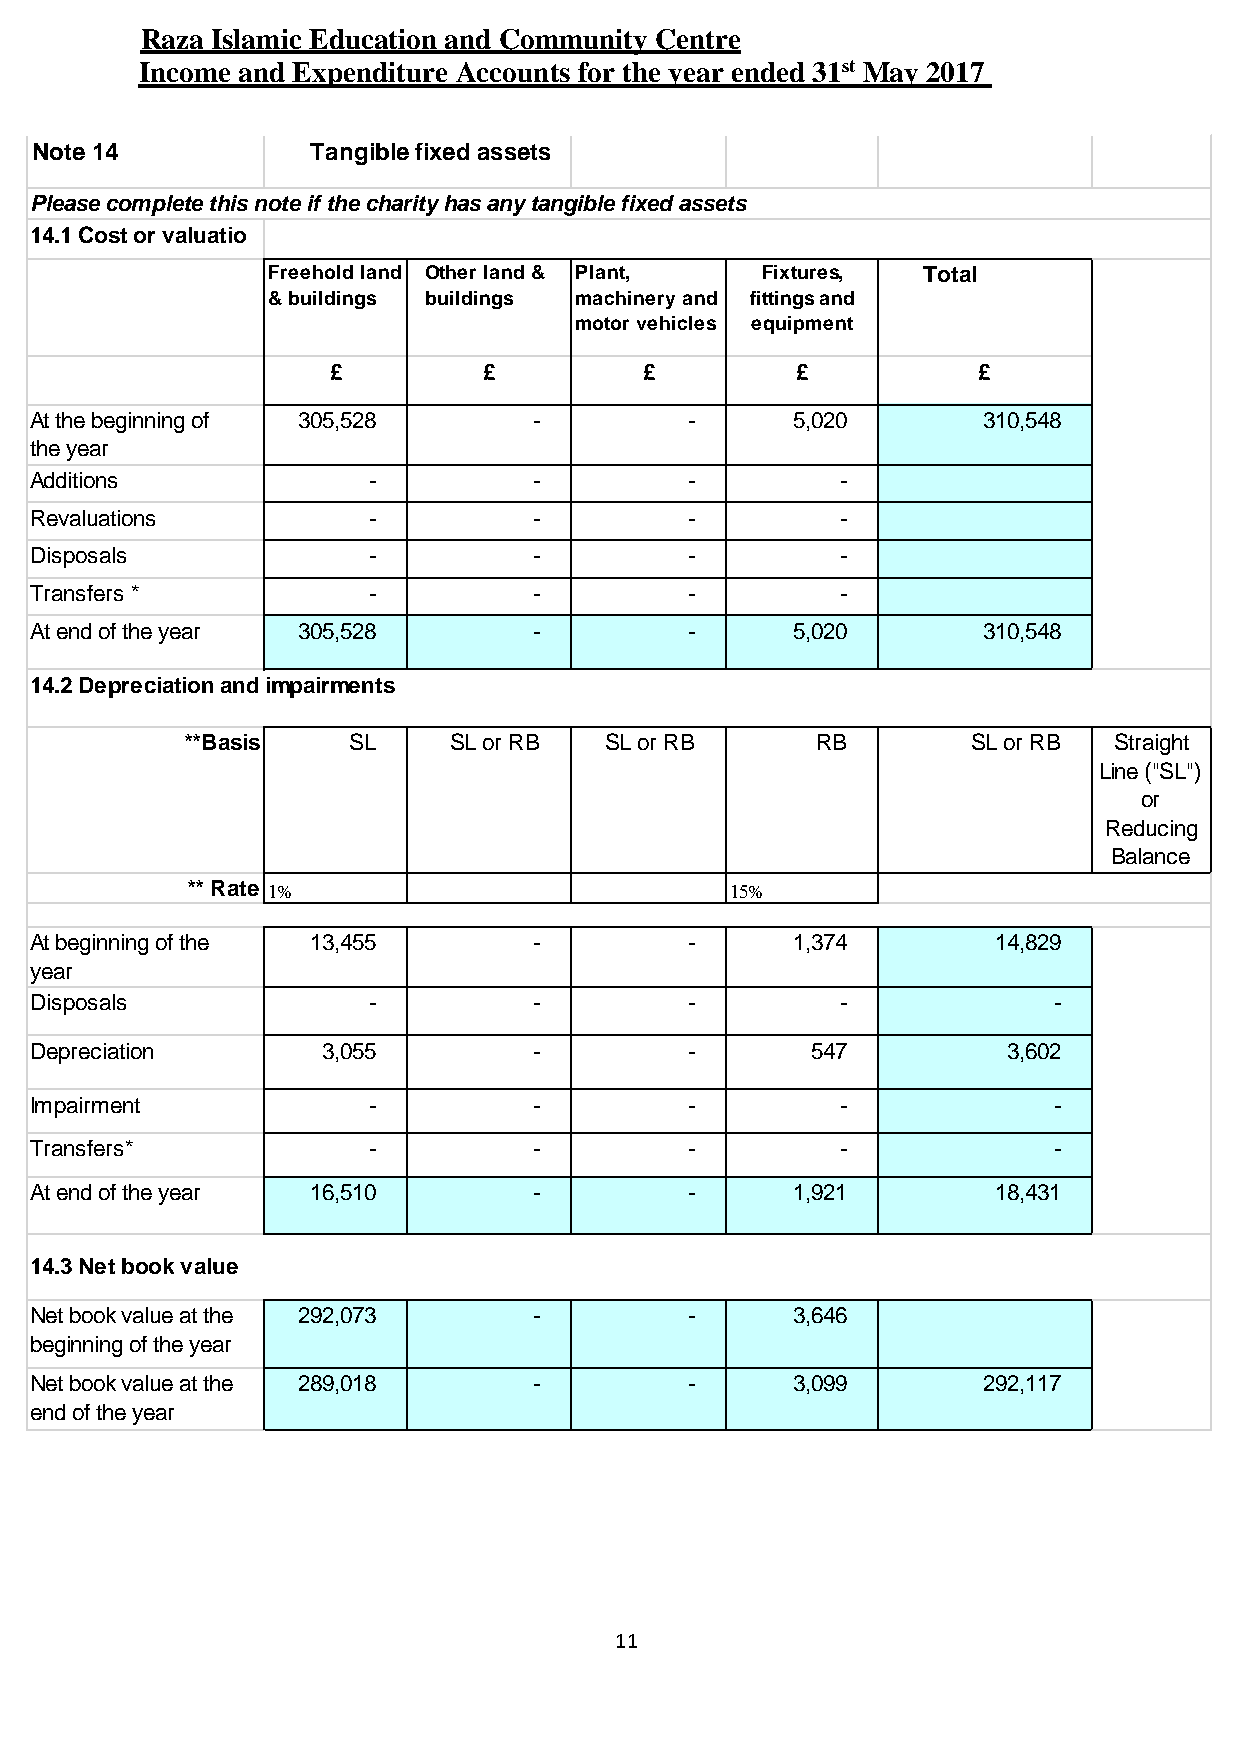
Raza Islamic Education and Community Centre
 Income and Expenditure Accounts for the year ended 31st May 2017
 Note 14            Tangible fixed assets
 Please complete this note if the charity has any tangible fixed assets
 14.1 Cost or valuatio
 Freehold land Other land & Plant, Fixtures, Total
 & buildings buildings machinery and fittings and
 motor vehicles equipment
 £         £          £         £           £
 At the beginning of 305,528      -          -      5,020       310,548
 the year
 Additions             -          -          -         -
 Revaluations          -          -          -         -
 Disposals             -          -          -         -
 Transfers *           -          -          -         -
 At end of the year 305,528       -          -      5,020       310,548
 14.2 Depreciation and impairments
 **Basis    SL     SL or RB  SL or RB      RB        SL or RB  Straight
 Line ("SL")
 or
 Reducing
 Balance
 ** Rate 1%                          15%                       ("RB")
 At beginning of the 13,455       -          -      1,374        14,829
 year
 Disposals             -          -          -         -             -
 Depreciation       3,055         -          -       547          3,602
 Impairment            -          -          -         -             -
 Transfers*            -          -          -         -             -
 At end of the year 16,510        -          -      1,921        18,431
 14.3 Net book value
 Net book value at the 292,073    -          -      3,646
 beginning of the year
 Net book value at the 289,018    -          -      3,099       292,117
 end of the year
 11